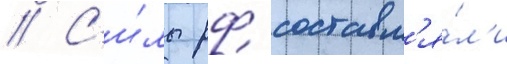
// С'и́лы рф составл'я́л'и